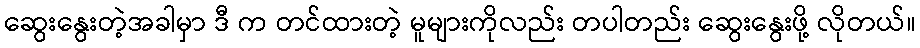
ဆွေးနွေးတဲ့အခါမှာ ဒီ က တင်ထားတဲ့ မူများကိုလည်း တပါတည်း ဆွေးနွေးဖို့ လိုတယ်။